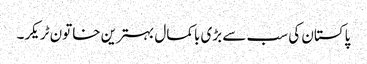
پاکستان کی سب سے بڑی باکمال بہترین خاتون ٹریکر۔